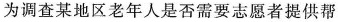
为调查某地区老年人是否需要志愿者提供帮